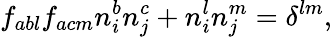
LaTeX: f_{abl}f_{acm}n_{i}^{b}n_{j}^{c}+n_{i}^{l}n_{j}^{m}=\delta^{lm},